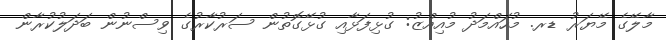
މާލޭގެ މޭޔަރު ޑރ. މުހައްމަދު މުއިއްޒު: ގުޅިފަޅާއި ގުޅޭގޮތުން ސަރުކާރުގެ ވިސްނުން ބަދަލުކުރާން